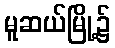
မူဆယ်မြို့၌